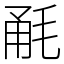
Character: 𣭲